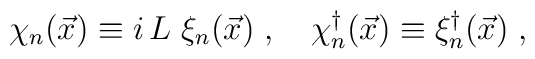
\chi_n(\vec{x}) \equiv i \, L\; \xi_n(\vec{x}) \; , \quad\chi_n^\dagger(\vec{x}) \equiv  \xi_n^\dagger(\vec{x}) \; ,